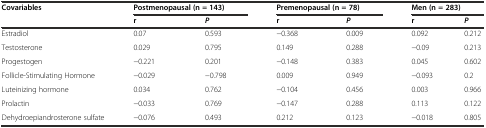
<table><thead><tr><td><b>Covariables</b></td><td colspan="2"><b>Postmenopausal (n = 143)</b></td><td colspan="2"><b>Premenopausal (n = 78)</b></td><td colspan="2"><b>Men (n = 283)</b></td></tr><tr><td></td><td><b>r</b></td><td><b><i>P</i></b></td><td><b>r</b></td><td><b><i>P</i></b></td><td><b>r</b></td><td><b><i>P</i></b></td></tr></thead><tbody><tr><td>Estradiol</td><td>0.07</td><td>0.593</td><td>−0.368</td><td>0.009</td><td>0.092</td><td>0.212</td></tr><tr><td>Testosterone</td><td>0.029</td><td>0.795</td><td>0.149</td><td>0.288</td><td>−0.09</td><td>0.213</td></tr><tr><td>Progestogen</td><td>−0.221</td><td>0.201</td><td>−0.148</td><td>0.383</td><td>0.045</td><td>0.602</td></tr><tr><td>Follicle-Stimulating Hormone</td><td>−0.029</td><td>−0.798</td><td>0.009</td><td>0.949</td><td>−0.093</td><td>0.2</td></tr><tr><td>Luteinizing hormone</td><td>0.034</td><td>0.762</td><td>−0.104</td><td>0.456</td><td>0.003</td><td>0.966</td></tr><tr><td>Prolactin</td><td>−0.033</td><td>0.769</td><td>−0.147</td><td>0.288</td><td>0.113</td><td>0.122</td></tr><tr><td>Dehydroepiandrosterone sulfate</td><td>−0.076</td><td>0.493</td><td>0.212</td><td>0.123</td><td>−0.018</td><td>0.805</td></tr></tbody></table>